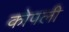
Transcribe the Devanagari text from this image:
कोपली